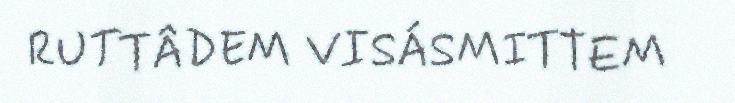
RUTTÂDEM VISÁSMITTEM